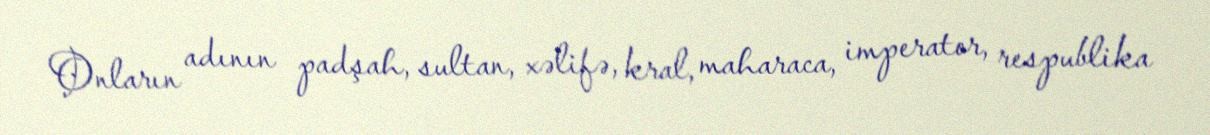
Onların adının padşah, sultan, xəlifə, kral, maharaca, imperator, respublika